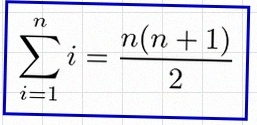
\sum_{i=1}^{n}i=\frac{n(n+1)}2